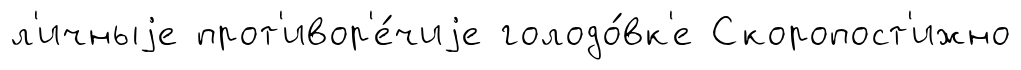
л'ичныjе прот'ивор'е́чиjе голодо́вк'е Скоропост'ижно